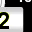
Digit: 2